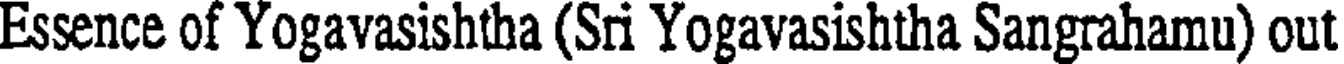
Essence of Yogavasishtha (Sri Yogavasishtha Sangrahamu) out